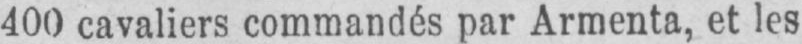
400 cavaliers commandés par Armenta, et les